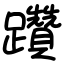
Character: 躦